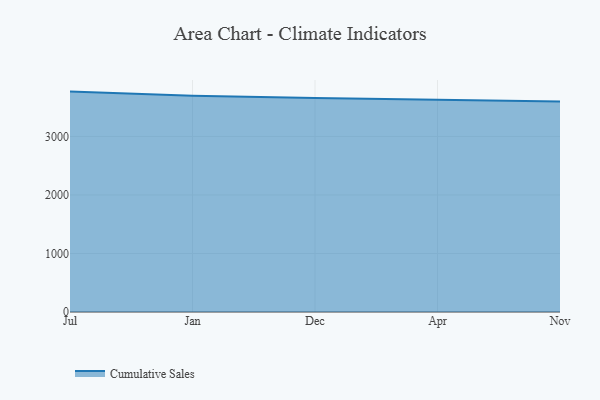
{"axis": {"x": "Month", "y": "Waste Production (Tons)"}, "legend": ["Cumulative Sales"], "data": [{"x": "Jul", "y": 3766.1, "type": "Cumulative Sales"}, {"x": "Jan", "y": 3693.2, "type": "Cumulative Sales"}, {"x": "Dec", "y": 3657.1, "type": "Cumulative Sales"}, {"x": "Apr", "y": 3628.3, "type": "Cumulative Sales"}, {"x": "Nov", "y": 3599.0, "type": "Cumulative Sales"}]}